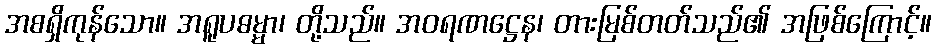
အစရှိကုန်သော။ အရူပဓမ္မာ၊ တို့သည်။ အဝရဏဋ္ဌေန၊ တားမြစ်တတ်သည်၏ အဖြစ်ကြောင့်။